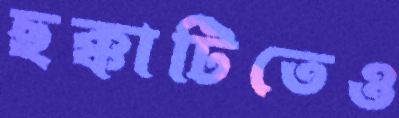
ছক্কাটিতেও